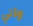
واني